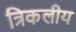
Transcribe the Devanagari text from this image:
त्रिकलीय